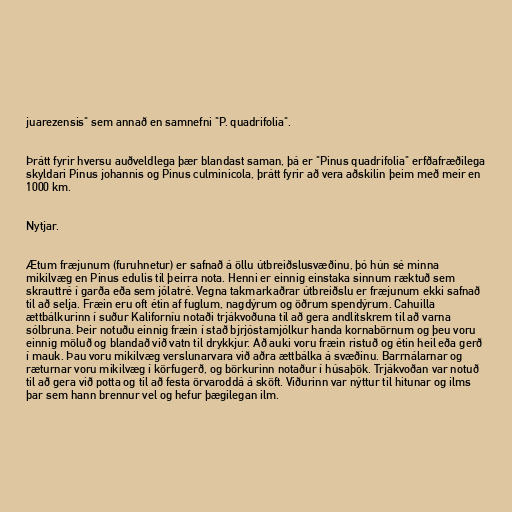
juarezensis" sem annað en samnefni "P. quadrifolia".

Þrátt fyrir hversu auðveldlega þær blandast saman, þá er "Pinus quadrifolia" erfðafræðilega
skyldari Pinus johannis og Pinus culminicola, þrátt fyrir að vera aðskilin þeim með meir en
1000 km.

Nytjar.

Ætum fræjunum (furuhnetur) er safnað á öllu útbreiðslusvæðinu, þó hún sé minna
mikilvæg en Pinus edulis til þeirra nota. Henni er einnig einstaka sinnum ræktuð sem
skrauttré í garða eða sem jólatré. Vegna takmarkaðrar útbreiðslu er fræjunum ekki safnað
til að selja. Fræin eru oft étin af fuglum, nagdýrum og öðrum spendýrum. Cahuilla
ættbálkurinn í suður Kaliforníu notaði trjákvoðuna til að gera andlitskrem til að varna
sólbruna. Þeir notuðu einnig fræin í stað bjrjóstamjólkur handa kornabörnum og þeu voru
einnig möluð og blandað við vatn til drykkjur. Að auki voru fræin ristuð og étin heil eða gerð
í mauk. Þau voru mikilvæg verslunarvara við aðra ættbálka á svæðinu. Barrnálarnar og
ræturnar voru mikilvæg í körfugerð, og börkurinn notaður í húsaþök. Trjákvoðan var notuð
til að gera við potta og til að festa örvaroddá á sköft. Viðurinn var nýttur til hitunar og ilms
þar sem hann brennur vel og hefur þægilegan ilm.